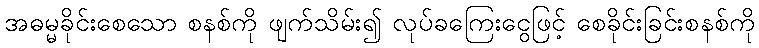
အဓမ္မခိုင်းစေသော စနစ်ကို ဖျက်သိမ်း၍ လုပ်ခကြေးငွေဖြင့် စေခိုင်းခြင်းစနစ်ကို